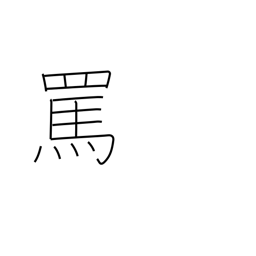
Meaning: abuse